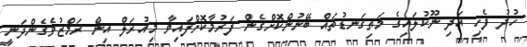
ހުދު ފެހި އަދި ނޫކުލައިގެ މަތިގަނޑުތައް ބޭނުންކޮށްގެން ފަރުމާކޮށްފައިވާ މިއުރަލް އިން ރަމްޒުވެގެންދަނީ